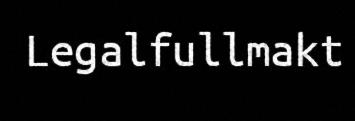
Legalfullmakt